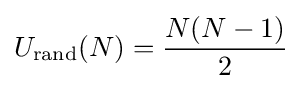
U_{\text{rand}}(N)={\frac {N(N-1)}{2}}